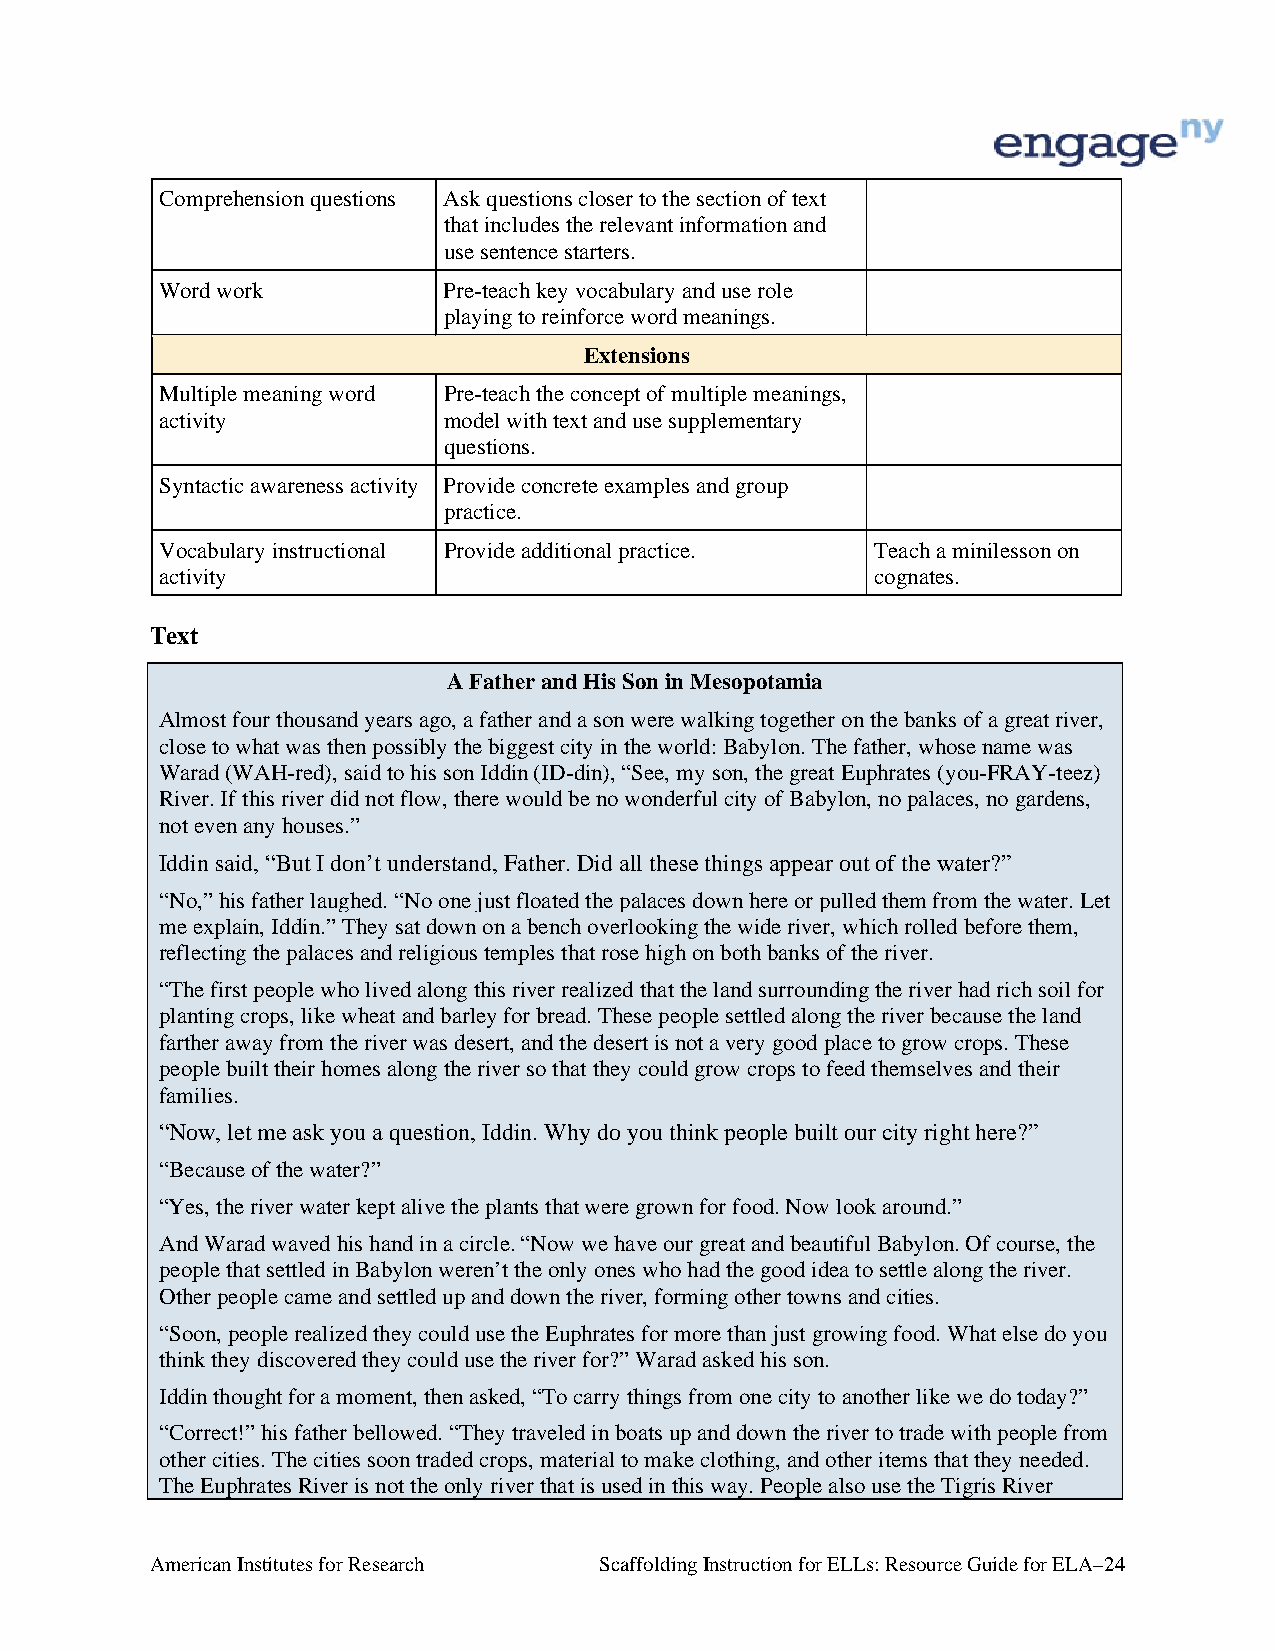
Comprehension questions Ask questions closer to the section of text
 that includes the relevant information and
 use sentence starters.
 Word work         Pre-teach key vocabulary and use role
 playing to reinforce word meanings.
 Extensions
 Multiple meaning word Pre-teach the concept of multiple meanings,
 activity          model with text and use supplementary
 questions.
 Syntactic awareness activity Provide concrete examples and group
 practice.
 Vocabulary instructional Provide additional practice. Teach a minilesson on
 activity                                       cognates.
 Text
 A Father and His Son in Mesopotamia
 Almost four thousand years ago, a father and a son were walking together on the banks of a great river,
 close to what was then possibly the biggest city in the world: Babylon. The father, whose name was
 Warad (WAH-red), said to his son Iddin (ID-din), “See, my son, the great Euphrates (you-FRAY-teez)
 River. If this river did not flow, there would be no wonderful city of Babylon, no palaces, no gardens,
 not even any houses.”
 Iddin said, “But I don’t understand, Father. Did all these things appear out of the water?”
 “No,” his father laughed. “No one just floated the palaces down here or pulled them from the water. Let
 me explain, Iddin.” They sat down on a bench overlooking the wide river, which rolled before them,
 reflecting the palaces and religious temples that rose high on both banks of the river.
 “The first people who lived along this river realized that the land surrounding the river had rich soil for
 planting crops, like wheat and barley for bread. These people settled along the river because the land
 farther away from the river was desert, and the desert is not a very good place to grow crops. These
 people built their homes along the river so that they could grow crops to feed themselves and their
 families.
 “Now, let me ask you a question, Iddin. Why do you think people built our city right here?”
 “Because of the water?”
 “Yes, the river water kept alive the plants that were grown for food. Now look around.”
 And Warad waved his hand in a circle. “Now we have our great and beautiful Babylon. Of course, the
 people that settled in Babylon weren’t the only ones who had the good idea to settle along the river.
 Other people came and settled up and down the river, forming other towns and cities.
 “Soon, people realized they could use the Euphrates for more than just growing food. What else do you
 think they discovered they could use the river for?” Warad asked his son.
 Iddin thought for a moment, then asked, “To carry things from one city to another like we do today?”
 “Correct!” his father bellowed. “They traveled in boats up and down the river to trade with people from
 other cities. The cities soon traded crops, material to make clothing, and other items that they needed.
 The Euphrates River is not the only river that is used in this way. People also use the Tigris River
 American Institutes for Research Scaffolding Instruction for ELLs: Resource Guide for ELA–24